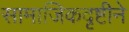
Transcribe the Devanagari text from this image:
सामाजिकदृष्टीने